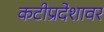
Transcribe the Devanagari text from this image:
कटीप्रदेशावर